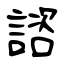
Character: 諮